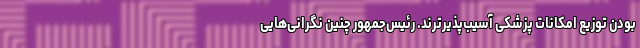
بودن توزیع امکانات پزشکی آسیب‌پذیرترند. رئیس‌جمهور چنین نگرانی‌هایی